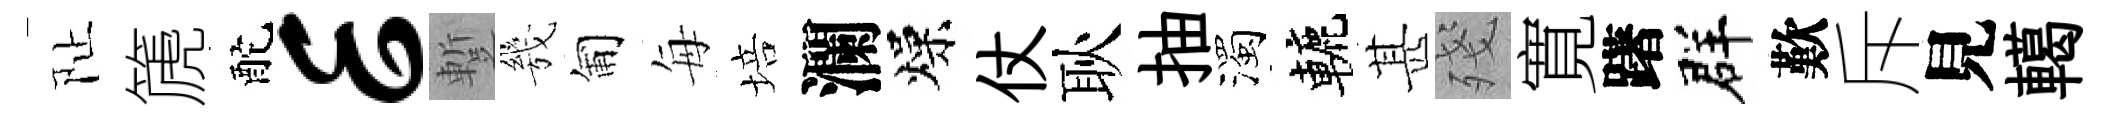
阯篪酡E蹔㡬匍每培瀾燥仗耿抽濁轆甚殘寛躇群歎斥見轕